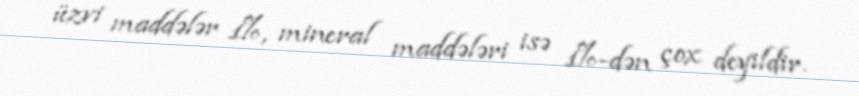
üzvi maddələr 1%, mineral maddələri isə 1%-dən çox deyildir.